Lunatic asylums Central Provinces reports 1910-1926 - 1910-1926
Year: 1910
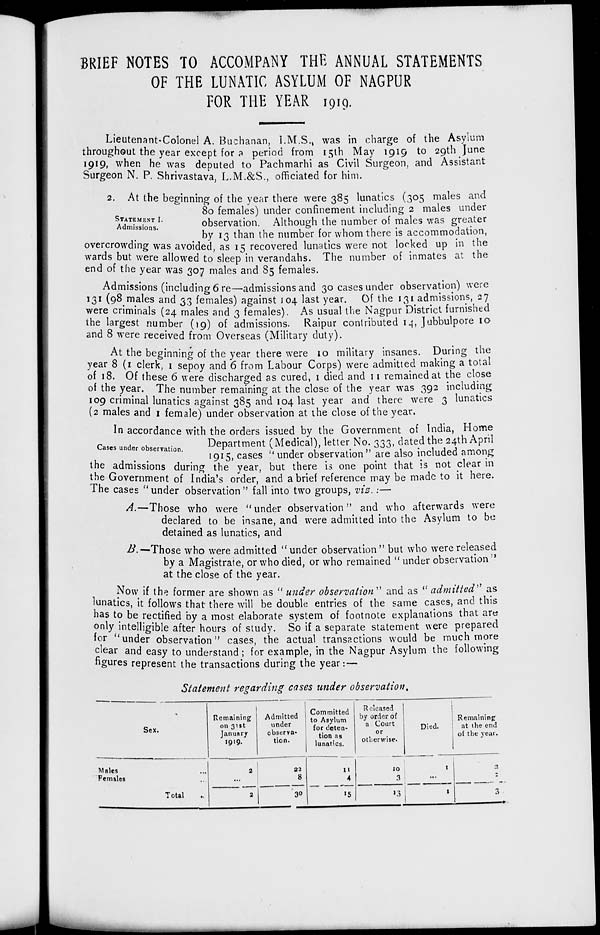
BRIEF NOTES TO ACCOMPANY THE ANNUAL STATEMENTS
OF THE LUNATIC ASYLUM OF NAGPUR
FOR THE YEAR 1919.
Lieutenant-Colonel A. Buchanan, I.M.S., was in charge of the Asylum
throughout the year except for a period from 15th May 1919 to 29th June
1919, when he was deputed to Pachmarhi as Civil Surgeon, and Assistant
Surgeon N. P. Shrivastava, L.M.&S., officiated for him.
STATEMENT I.
Admissions.
2. At the beginning of the year there were 385 lunatics (305 males and
80 females) under confinement including 2 males under
observation. Although the number of males was greater
by 13 than the number for whom there is accommodation,
overcrowding was avoided, as 15 recovered lunatics were not locked up in the
wards but were allowed to sleep in verandahs. The number of inmates at the
end of the year was 307 males and 85 females.
Admissions (including 6 re—admissions and 30 cases under observation) were
131 (98 males and 33 females) against 104 last year. Of the 131 admissions, 27
were criminals (24 males and 3 females). As usual the Nagpur District furnished
the largest number (19) of admissions. Raipur contributed 14, Jubbulpore 10
and 8 were received from Overseas (Military duty).
At the beginning of the year there were 10 military insanes. During the
year 8 (1 clerk,1 sepoy and 6 from Labour Corps) were admitted making a total
of 18. Of these 6 were discharged as cured, 1 died and 11 remained at the close
of the year. The number remaining at the close of the year was 392 including
109 criminal lunatics against 385 and 104 last year and there were 3 lunatics
(2 males and 1 female) under observation at the close of the year.
Cases under observation.
In accordance with the orders issued by the Government of India, Home
Department (Medical), letter No. 333, dated the 24th April
1915, cases " under observation" are also included among
the admissions during the year, but there is one point that is not clear in
the Government of India's order, and a brief reference may be made to it here.
The cases under observation " fall into two groups, viz. .—
A. Those who were "under observation" and who afterwards were
declared to be insane, and were admitted into the Asylum to be
detained as lunatics, and
B.— Those who were admitted " under observation " but who were released
by a Magistrate, or who died, or who remained " under observation "
at the close of the year.
Now if the former are shown as " under observation " and as " admitted'' as
lunatics, it follows that there will be double entries of the same cases, and this
has to be rectified by a most elaborate system of footnote explanations that are
only intelligible after hours of study. So if a separate statement were prepared
for " under observation" cases, the actual transactions would be much more
clear and easy to understand ; for example, in the Nagpur Asylum the following
figures represent the transactions during the year:—
Statement regarding cases under observation.
Sex.
Males ...
Females ...
Total
Remaining
on 31st
January
1919.
2
...
2
Admitted
under
observa-
tion.
22
8
30
Committed
to Asylum
for deten-
tion as
lunatics.
11
4
15
Released
by order of
a Court
or
otherwise.
10
3
13
Died.
1
...
1
Remaining
at the end
of the year.
2
1
3